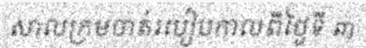
សាលក្រមចាត់របៀបកាលពីថ្ងៃទី ៣